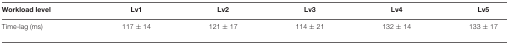
<table><thead><tr><td><b>Workload level</b></td><td><b>Lv1</b></td><td><b>Lv2</b></td><td><b>Lv3</b></td><td><b>Lv4</b></td><td><b>Lv5</b></td></tr></thead><tbody><tr><td>Time-lag (ms)</td><td>117 ± 14</td><td>121 ± 17</td><td>114 ± 21</td><td>132 ± 14</td><td>133 ± 17</td></tr></tbody></table>